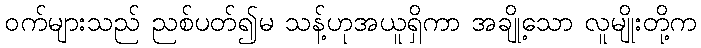
ဝက်များသည် ညစ်ပတ်၍မ သန့်ဟုအယူရှိကာ အချို့သော လူမျိုးတို့က